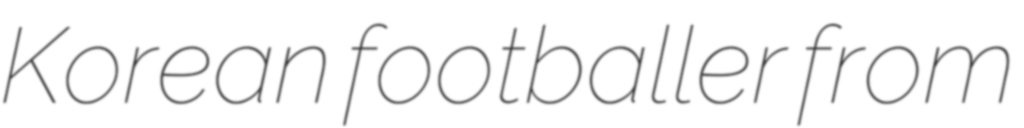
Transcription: Korean footballer from